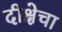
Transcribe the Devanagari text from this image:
दीक्षेचा